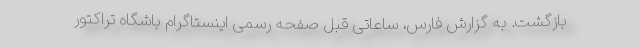
بازگشت. به گزارش فارس، ساعاتی قبل صفحه رسمی اینستاگرام باشگاه تراکتور